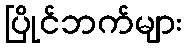
ပြိုင်ဘက်များ